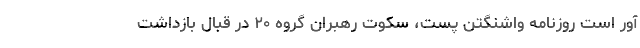
آور است روزنامه واشنگتن پست، سکوت رهبران گروه ۲۰ در قبال بازداشت